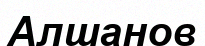
Алшанов